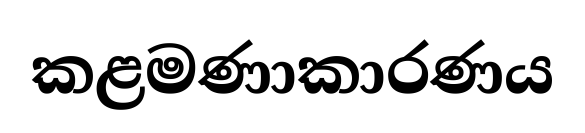
කළමණාකාරණය